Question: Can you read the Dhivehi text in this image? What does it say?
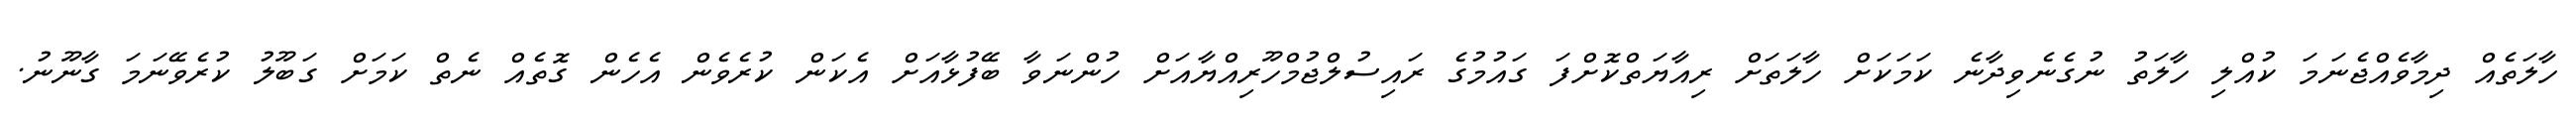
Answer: ހާލަތެއް ދިމާވެއްޖެނަމަ ކުއްލި ހާލަތު ނުގެނެވިދާނެ ކަމަކަށް ހާލަތަށް ރިއާޔަތްކޮށްފަ ގައުމުގެ ރައިސުލްޖުމްހޫރިއްޔާއަށް ހުންނަވާ ބޭފުޅާއަށް އެކަން ކުރެވެން އެހެން ގޮތެއް ނެތް ކަމަށް ގަބޫލު ކުރެވޭނަމަ ގާނޫނު.